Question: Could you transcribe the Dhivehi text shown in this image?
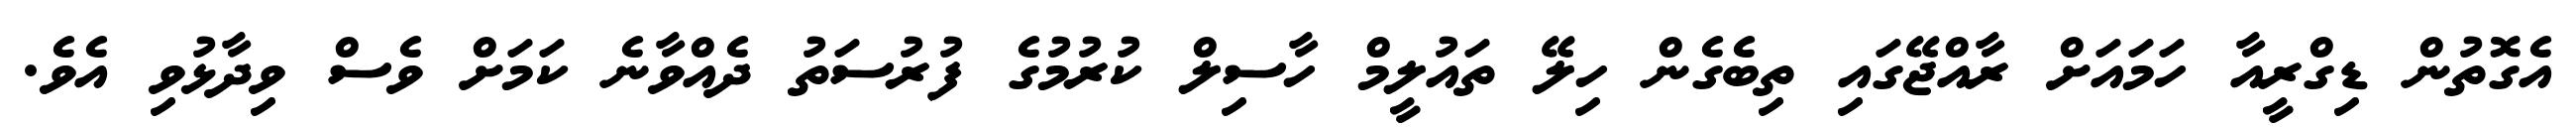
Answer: އެގޮތުން ޑިގްރީއާ ހަމައަށް ރާއްޖޭގައި ތިބެގެން ހިލޭ ތައުލީމް ހާސިލް ކުރުމުގެ ފުރުސަތު ދެއްވާނެ ކަމަށް ވެސް ވިދާޅުވި އެވެ.